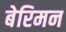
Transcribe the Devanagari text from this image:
बेरिमन